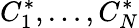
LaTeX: C_{1}^{*},\dots,C_{N}^{*}